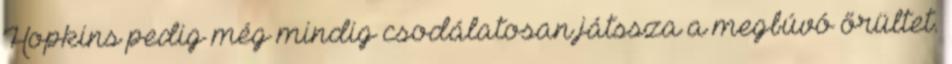
Hopkins pedig még mindig csodálatosan játssza a megbúvó őrültet.